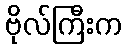
ဗိုလ်ကြီးက